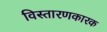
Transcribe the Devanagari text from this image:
विस्तारणकारक